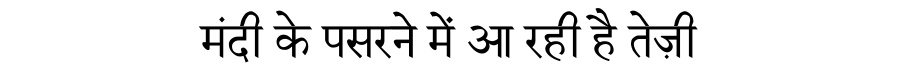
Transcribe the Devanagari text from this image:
मंदी के पसरने में आ रही है तेज़ी